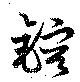
鎔